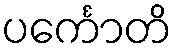
ပင်္ကောတိ